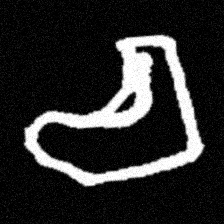
Pyu character \u2014 Myanmar letter: စ (romanized: ca)